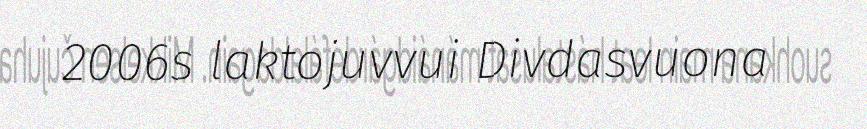
2006s laktojuvvui Divdasvuona